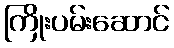
ကြိုးပမ်းဆောင်